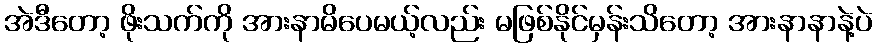
အဲဒီတော့ ဖိုးသက်ကို အားနာမိပေမယ့်လည်း မဖြစ်နိုင်မှန်းသိတော့ အားနာနာနဲ့ပဲ